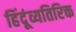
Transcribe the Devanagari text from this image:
हिंदूंव्यतिरिक्त